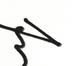
Signature authenticity: genuine